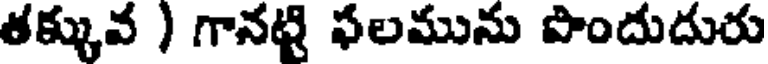
తక్కువ ) గానట్టి ఫలమును పొందుదురు